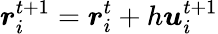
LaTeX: {\boldsymbol{r}}_{i}^{t+1}={\boldsymbol{r}}_{i}^{t}+h{\boldsymbol{u}}_{i}^{t+1}